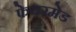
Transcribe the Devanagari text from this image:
फेयरमेड